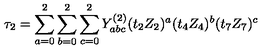
\tau _ { 2 } = \sum _ { a = 0 } ^ { 2 } \sum _ { b = 0 } ^ { 2 } \sum _ { c = 0 } ^ { 2 } Y _ { a b c } ^ { ( 2 ) } ( t _ { 2 } Z _ { 2 } ) ^ { a } ( t _ { 4 } Z _ { 4 } ) ^ { b } ( t _ { 7 } Z _ { 7 } ) ^ { c }